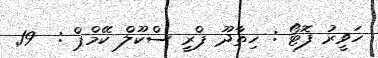
ހަވީރު ފޮޓޯ : ހިތާދޫ ޕްރީ ސްކޫލް ކޭމްޕް :  19